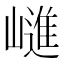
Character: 𭗝